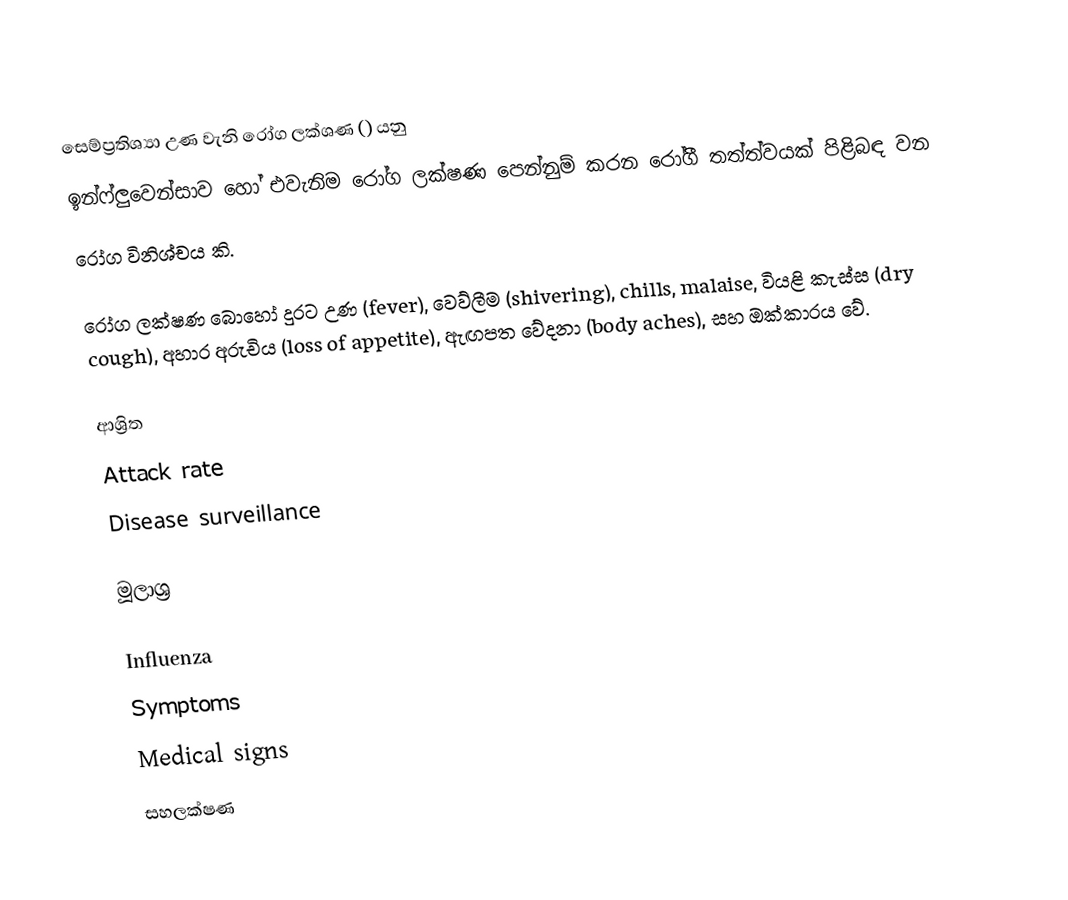
සෙම්ප්‍රතිශ්‍යා උණ වැනි රෝග ලක්ශණ () යනු
ඉන්ෆ්ලුවෙන්සාව හෝ එවැනිම රෝග ලක්ෂණ පෙන්නුම් කරන රෝගී තත්ත්වයක් පිළිබඳ වන
රෝග විනිශ්චය කි.

රෝග ලක්ෂණ බොහෝ දුරට උණ (fever), වෙව්ලීම (shivering), chills, malaise, වියළි කැස්ස (dry cough), අහාර අරුචිය (loss of appetite), ඇඟපත වේදනා (body aches), සහ ඔක්කාරය වේ.

ආශ්‍රිත
Attack rate
Disease surveillance

මූලාශ්‍ර

Influenza
Symptoms
Medical signs
සහලක්ෂණ